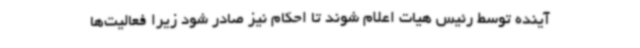
آینده توسط رئیس هیات اعلام شوند تا احکام‌ نیز صادر شود زیرا فعالیت‌ها